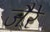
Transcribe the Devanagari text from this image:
जैरे